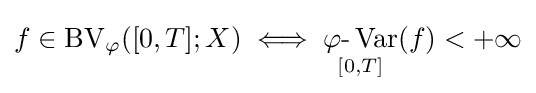
f\in \operatorname {BV} _{\varphi }([0,T];X)\iff \mathop {\varphi {\text{-}}\operatorname {Var} } _{[0,T]}(f)<+\infty